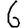
Digit: 6